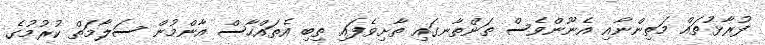
ފުރާޅުތައް މަތިންނާއި އެނޫންވެސް ތަންތާނގައި ތާށިވެފައި ތިބި އެތައްހާސް އާންމުން ސަލާމަތް ކުރުމުގެ